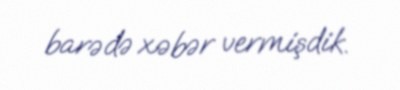
barədə xəbər vermişdik.